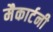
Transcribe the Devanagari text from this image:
मैकार्टनी